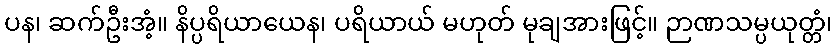
ပန၊ ဆက်ဦးအံ့။ နိပ္ပရိယာယေန၊ ပရိယာယ် မဟုတ် မုချအားဖြင့်။ ဉာဏသမ္ပယုတ္တံ၊